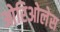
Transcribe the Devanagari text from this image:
ओरिओलेस